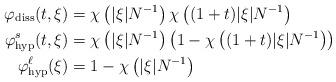
LaTeX: \begin{align*}\varphi_{\rm diss}(t,\xi) &= \chi\left(|\xi|N^{-1}\right) \chi\left((1+t)|\xi|N^{-1}\right) \\\varphi_{\rm hyp}^s(t,\xi) &= \chi\left(|\xi|N^{-1}\right) \left(1-\chi\left((1+t)|\xi|N^{-1}\right)\right) \\\varphi_{\rm hyp}^\ell(\xi) &= 1 - \chi\left(|\xi|N^{-1}\right)\end{align*}